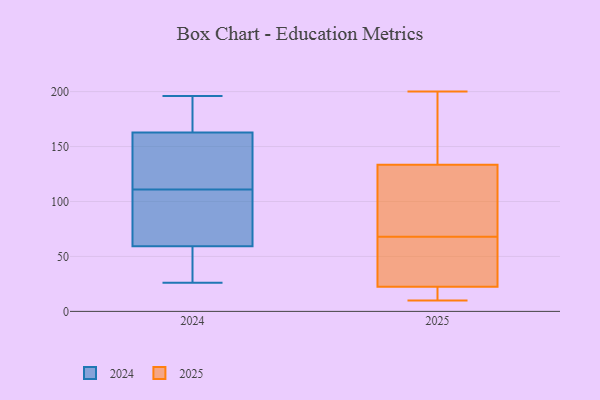
{"axis": {"x": "Page Views", "y": "Value"}, "legend": ["2024", "2025"], "data": [{"x": "", "y": 107, "type": "2025"}, {"x": "", "y": 68, "type": "2025"}, {"x": "", "y": 97, "type": "2025"}, {"x": "", "y": 22, "type": "2025"}, {"x": "", "y": 13, "type": "2025"}, {"x": "", "y": 16, "type": "2025"}, {"x": "", "y": 120, "type": "2025"}, {"x": "", "y": 24, "type": "2025"}, {"x": "", "y": 138, "type": "2025"}, {"x": "", "y": 67, "type": "2025"}, {"x": "", "y": 200, "type": "2025"}, {"x": "", "y": 155, "type": "2025"}, {"x": "", "y": 10, "type": "2025"}, {"x": "", "y": 70, "type": "2025"}, {"x": "", "y": 59, "type": "2025"}, {"x": "", "y": 59, "type": "2025"}, {"x": "", "y": 192, "type": "2025"}, {"x": "", "y": 156, "type": "2025"}, {"x": "", "y": 16, "type": "2025"}, {"x": "", "y": 37, "type": "2024"}, {"x": "", "y": 38, "type": "2024"}, {"x": "", "y": 147, "type": "2024"}, {"x": "", "y": 179, "type": "2024"}, {"x": "", "y": 187, "type": "2024"}, {"x": "", "y": 26, "type": "2024"}, {"x": "", "y": 111, "type": "2024"}, {"x": "", "y": 80, "type": "2024"}, {"x": "", "y": 126, "type": "2024"}, {"x": "", "y": 53, "type": "2024"}, {"x": "", "y": 168, "type": "2024"}, {"x": "", "y": 116, "type": "2024"}, {"x": "", "y": 78, "type": "2024"}, {"x": "", "y": 110, "type": "2024"}, {"x": "", "y": 196, "type": "2024"}]}